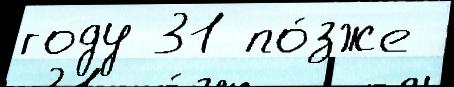
году 31 по́зже